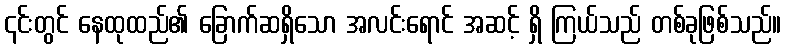
၎င်းတွင် နေထုထည်၏ ခြောက်ဆရှိသော အလင်းရောင် အဆင့် ရှိ ကြယ်သည် တစ်ခုဖြစ်သည်။